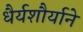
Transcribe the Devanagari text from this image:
धैर्यशौर्याने